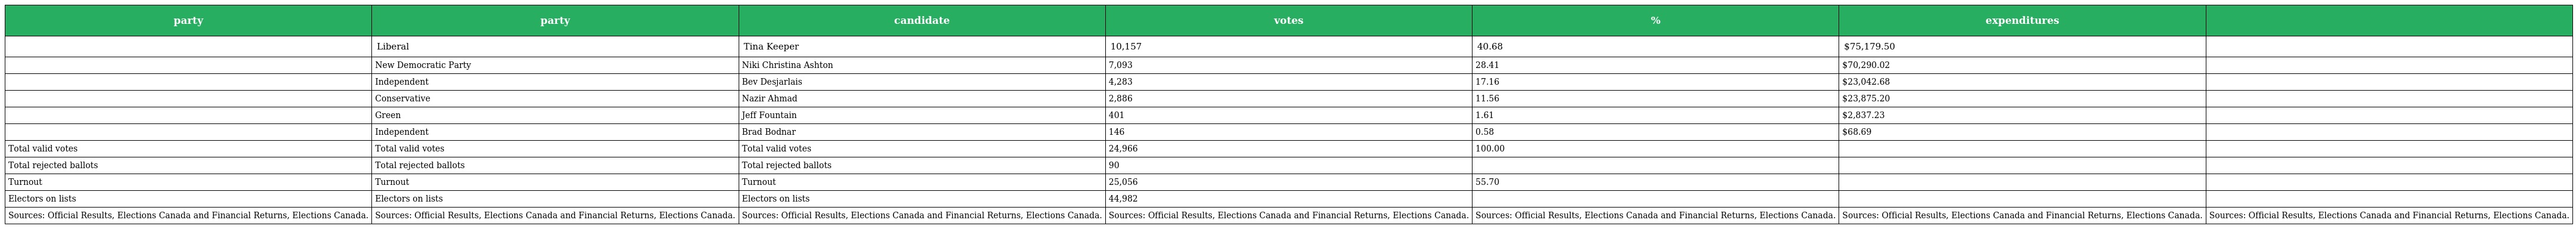
| party | party | candidate | votes | % | expenditures |  |
 | --- | --- | --- | --- | --- | --- | --- |
 |  | Liberal | Tina Keeper | 10,157 | 40.68 | $75,179.50 |  |
 |  | New Democratic Party | Niki Christina Ashton | 7,093 | 28.41 | $70,290.02 |  |
 |  | Independent | Bev Desjarlais | 4,283 | 17.16 | $23,042.68 |  |
 |  | Conservative | Nazir Ahmad | 2,886 | 11.56 | $23,875.20 |  |
 |  | Green | Jeff Fountain | 401 | 1.61 | $2,837.23 |  |
 |  | Independent | Brad Bodnar | 146 | 0.58 | $68.69 |  |
 | Total valid votes | Total valid votes | Total valid votes | 24,966 | 100.00 |  |  |
 | Total rejected ballots | Total rejected ballots | Total rejected ballots | 90 |  |  |  |
 | Turnout | Turnout | Turnout | 25,056 | 55.70 |  |  |
 | Electors on lists | Electors on lists | Electors on lists | 44,982 |  |  |  |
 | Sources: Official Results, Elections Canada and Financial Returns, Elections Canada. | Sources: Official Results, Elections Canada and Financial Returns, Elections Canada. | Sources: Official Results, Elections Canada and Financial Returns, Elections Canada. | Sources: Official Results, Elections Canada and Financial Returns, Elections Canada. | Sources: Official Results, Elections Canada and Financial Returns, Elections Canada. | Sources: Official Results, Elections Canada and Financial Returns, Elections Canada. | Sources: Official Results, Elections Canada and Financial Returns, Elections Canada. |